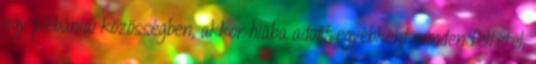
egy plébániai közösségben, akkor hiába adott egyébként minden feltétel,